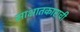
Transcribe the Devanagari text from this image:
साक्षातकाराची